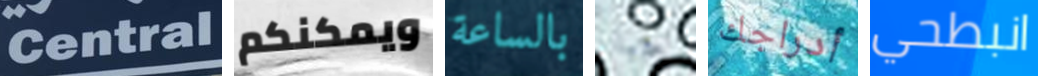
Central ويمكنكم بالساعة جبانا أدراجك انبطحي